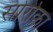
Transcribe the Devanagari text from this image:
सोरोका